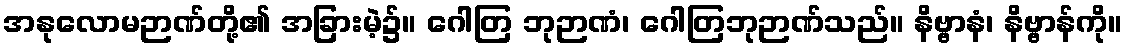
အနုလောမဉာဏ်တို့၏ အခြားမဲ့၌။ ဂေါတြ ဘုဉာဏံ၊ ဂေါတြဘုဉာဏ်သည်။ နိဗ္ဗာနံ၊ နိဗ္ဗာန်ကို။